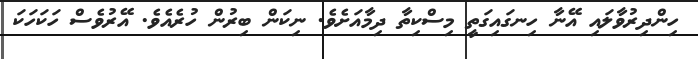
ހިންދިރުވާލައި އޭނާ ހިނގައިގަތީ މިސްކިތާ ދިމާއަށެވެ. ނިކަން ބިރުން ހުރެއެވެ. އޭރުވެސް ހަކަހަކަ